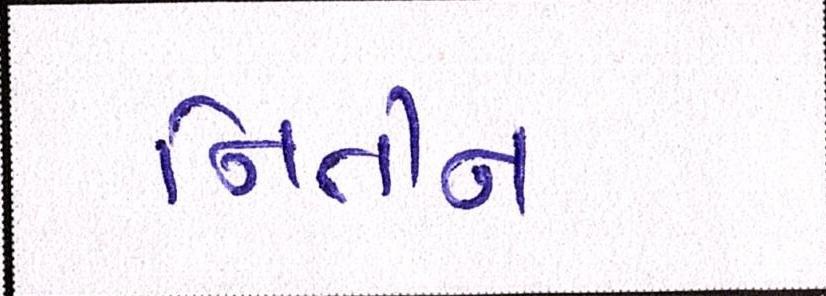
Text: નિતીન